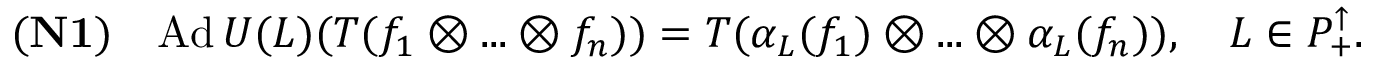
{ \bf ( N 1 ) } \quad \mathrm { A d } \, U ( L ) ( T ( f _ { 1 } \otimes . . . \otimes f _ { n } ) ) = T ( \alpha _ { L } ( f _ { 1 } ) \otimes . . . \otimes \alpha _ { L } ( f _ { n } ) ) , \quad L \in { \cal P } _ { + } ^ { \uparrow } . \nonumber